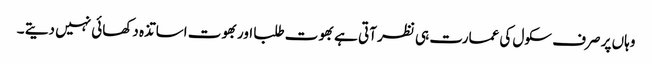
وہاں پر صرف سکول کی عمارت ہی نظر آتی ہے بھوت طلبا اوربھوت اساتذہ دکھائی نہیں دیتے ۔